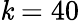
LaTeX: \mathit{k}=40